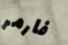
فارمر